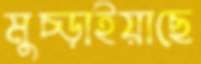
মুচ্‌ড়াইয়াছে